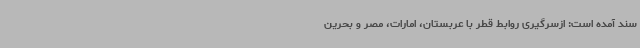
سند آمده است: ازسرگیری روابط قطر با عربستان، امارات، مصر و بحرین